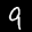
Label: 9